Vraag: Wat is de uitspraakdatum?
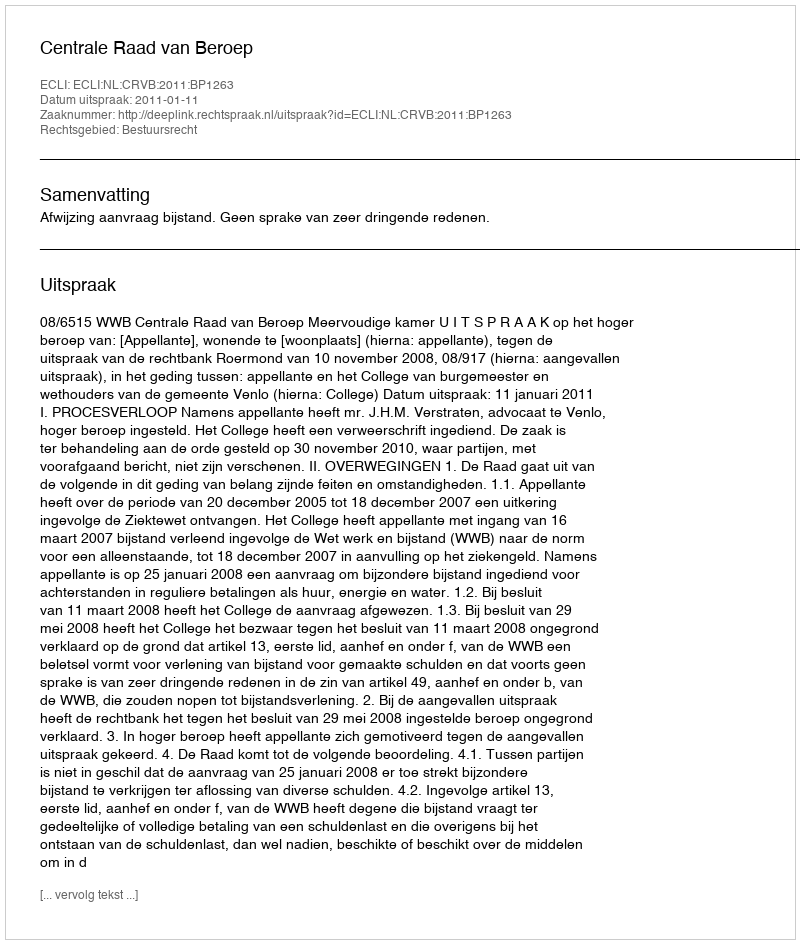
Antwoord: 2011-01-11